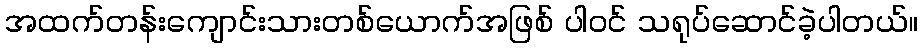
အထက်တန်းကျောင်းသားတစ်ယောက်အဖြစ် ပါဝင် သရုပ်ဆောင်ခဲ့ပါတယ်။